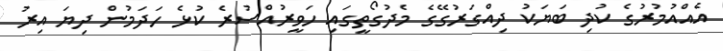
އެއްއުމުރުގެ ކުދި ބަޔަކު ދިއްގަރުގޭގެ މެދުގޯތީގައި ހަވީރުއްސުރެ ކުޅެ ހަދަމުން ދިޔަ އިރު